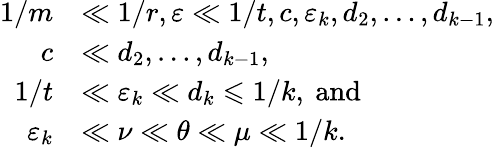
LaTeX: \begin{array}{rl}{1/m}&{\ll 1/r,\varepsilon\ll 1/t,c,\varepsilon_{k},d_{2},\dots,d_{k-1},}\\ {c}&{\ll d_{2},\dots,d_{k-1},}\\ {1/t}&{\ll\varepsilon_{k}\ll d_{k}\leqslant 1/k,\mathrm{~and}}\\ {\varepsilon_{k}}&{\ll\nu\ll{\theta}\ll\mu\ll 1/k.}\end{array}